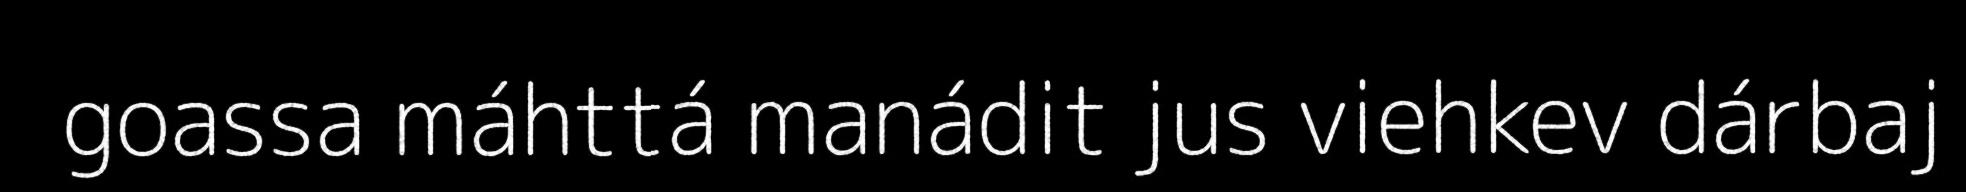
goassa máhttá manádit jus viehkev dárbaj